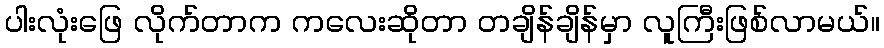
ပါးလုံးဖြေ လိုက်တာက ကလေးဆိုတာ တချိန်ချိန်မှာ လူကြီးဖြစ်လာမယ်။